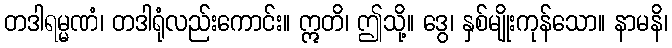
တဒါရမ္မဏံ၊ တဒါရုံလည်းကောင်း။ ဣတိ၊ ဤသို့။ ဒွေ၊ နှစ်မျိုးကုန်သော။ နာမနိ၊